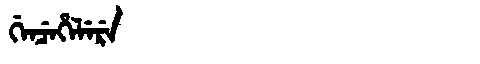
Manchu: ᡤᡝᠨᠴᡝᡥᡝᠯᡝᡵᡝ
Romanization: GENCEHELERE